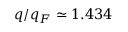
q / q _ { F } \simeq 1 . 4 3 4